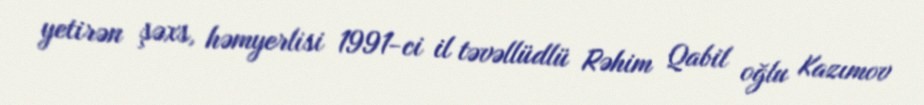
yetirən şəxs, həmyerlisi 1991-ci il təvəllüdlü Rəhim Qabil oğlu Kazımov